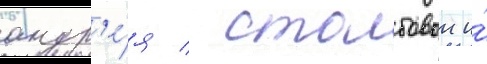
андр'е́я / столбовои и́